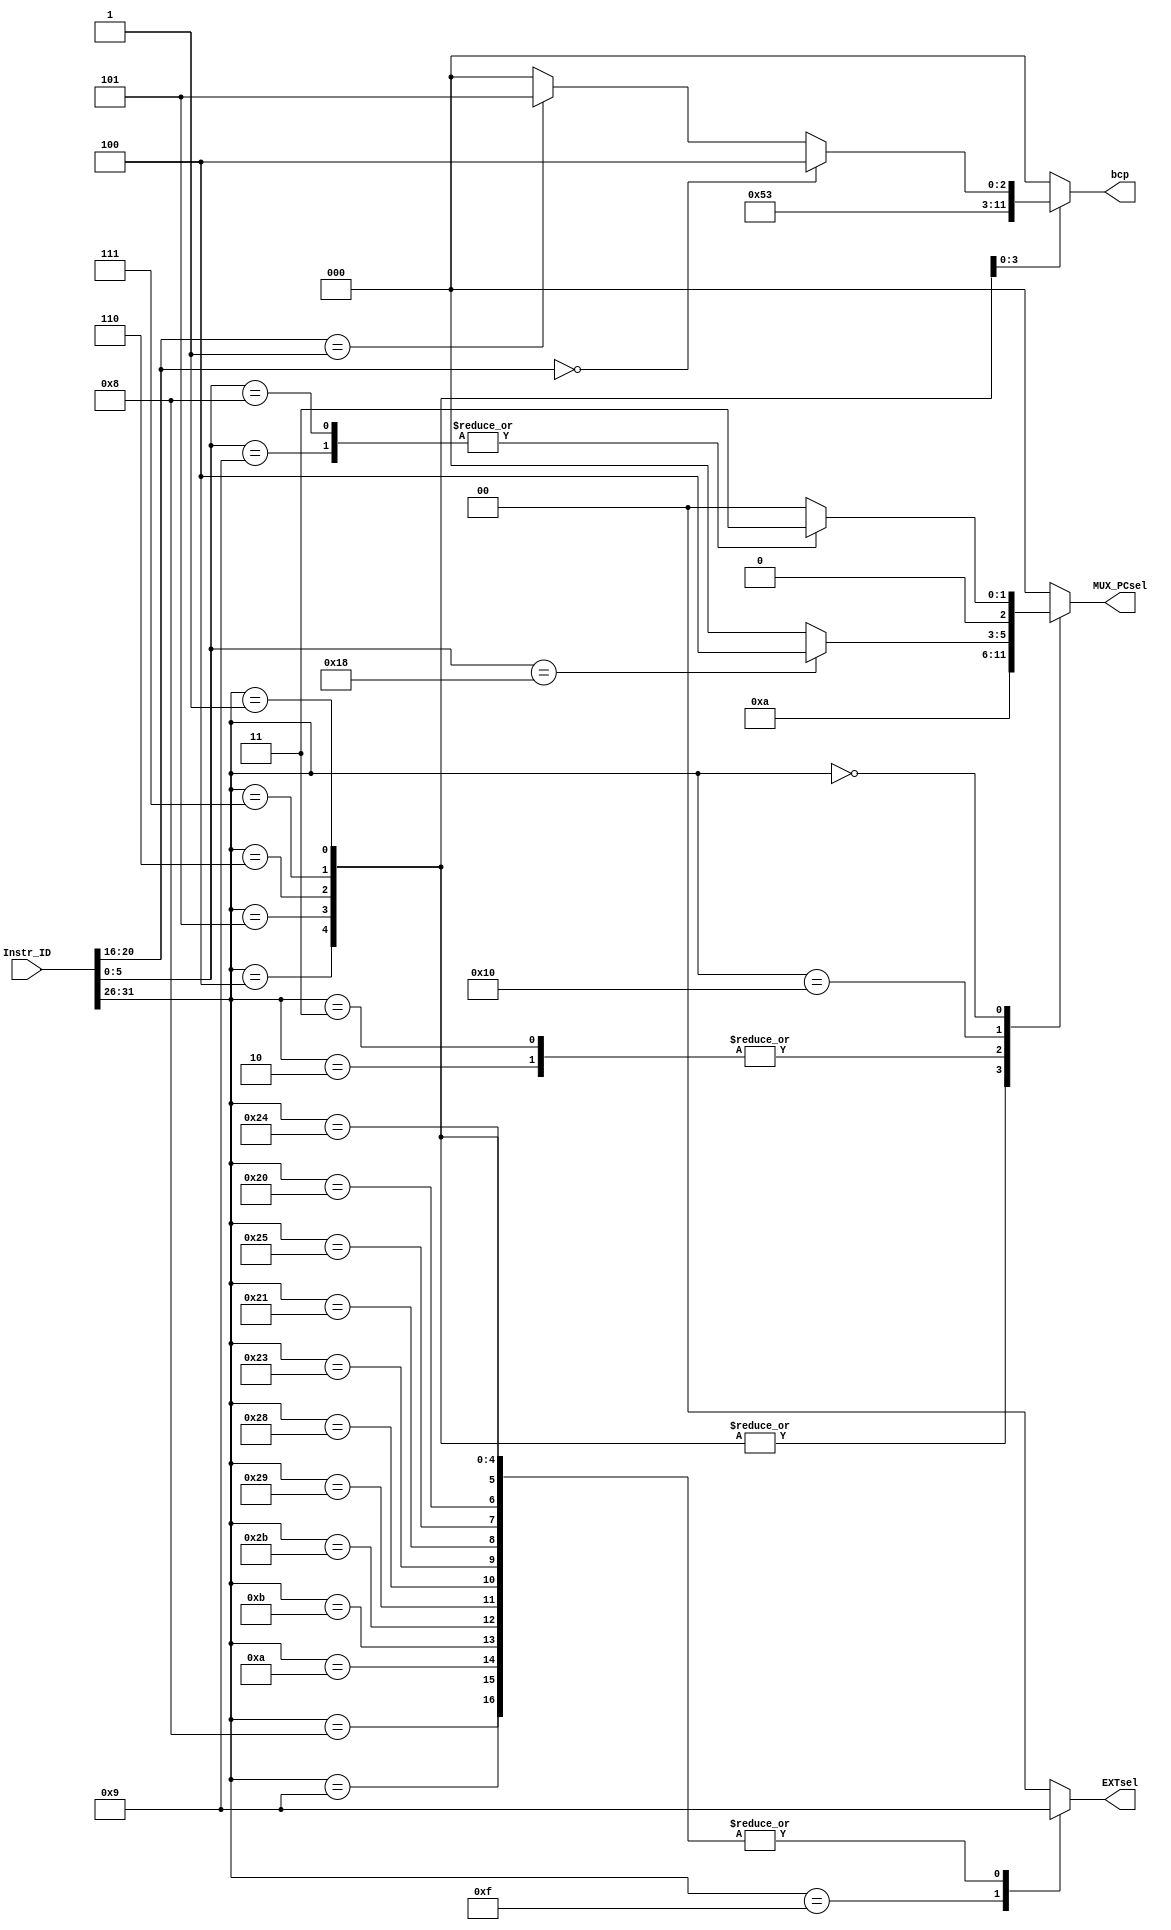
`timescale 1ns / 1ps
`define R 6'b000000
`define add 6'b100000
`define addu 6'b100001
`define sub 6'b100010
`define subu 6'b100011
`define sllv 6'b000100
`define srav 6'b000111
`define srlv 6'b000110
`define AND 6'b100100
`define OR 6'b100101
`define XOR 6'b100110
`define NOR 6'b100111
`define slt 6'b101010
`define sltu 6'b101011
`define sll 6'b000000
`define srl 6'b000010
`define sra 6'b000011

`define addi 6'b001000
`define addiu 6'b001001
`define andi 6'b001100
`define ori 6'b001101
`define xori 6'b001110
`define lui 6'b001111
`define slti 6'b001010
`define sltiu 6'b001011

`define beq 6'b000100
`define bne 6'b000101
`define blez 6'b000110
`define bgtz 6'b000111
`define BZ 6'b000001//bltzbgez
`define bltz 5'b00000
`define bgez 5'b00001

`define j 6'b000010
`define jal 6'b000011
`define jalr 6'b001001
`define jr 6'b001000

`define sw 6'b101011
`define sh 6'b101001
`define sb 6'b101000
`define lw 6'b100011
`define lh 6'b100001
`define lhu 6'b100101
`define lb 6'b100000
`define lbu 6'b100100

`define mult 6'b011000
`define multu 6'b011001
`define div 6'b011010
`define divu 6'b011011
`define mthi 6'b010001
`define mtlo 6'b010011
`define mfhi 6'b010000
`define mflo 6'b010010

`define cop0 6'b010000
`define eret 6'b011000
`define mfc0 5'b00000
`define mtc0 5'b00100
//////////////////////////////////////////////////////////////////////////////////
// Company: 
// Engineer: 
// 
// Design Name: 
// Module Name:    ID_Controller 
// Project Name: 
// Target Devices: 
// Tool versions: 
// Description: 
//
// Dependencies: 
//
// Revision: 
// Revision 0.01 - File Created
// Additional Comments: 
//
//////////////////////////////////////////////////////////////////////////////////
module ID_Controller(
    input [31:0] Instr_ID,
    output reg [1:0] EXTsel,
    output reg [2:0] MUX_PCsel,
	 output reg [2:0] bcp
    );
	 wire [5:0]op;
	 wire [5:0]func;
	 assign op=Instr_ID[31:26];
	 assign func=Instr_ID[5:0];
	 
	initial begin
		EXTsel<=2'b00;
		MUX_PCsel<=2'b00;
		bcp<=0;
	end
	
	always @(*)begin
		case(op)
			`addi: begin
				EXTsel<=2'b01;
				MUX_PCsel<=3'b000;
				bcp<=3'b000;
				end
			`addiu: begin
				EXTsel<=2'b01;
				MUX_PCsel<=3'b000;
				bcp<=3'b000;
				end
			`andi: begin
				EXTsel<=2'b00;
				MUX_PCsel<=3'b000;
				bcp<=3'b000;
				end
			`ori: begin
				EXTsel<=2'b00;
				MUX_PCsel<=3'b000;
				bcp<=3'b000;
				end
			`xori: begin
				EXTsel<=2'b00;
				MUX_PCsel<=3'b000;
				bcp<=3'b000;
				end
			`lui: begin
				EXTsel<=2'b10;
				MUX_PCsel<=3'b000;
				bcp<=3'b000;
				end
			`slti: begin
				EXTsel<=2'b01;
				MUX_PCsel<=3'b000;
				bcp<=3'b000;
				end
			`sltiu: begin
				EXTsel<=2'b01;
				MUX_PCsel<=3'b000;
				bcp<=3'b000;
				end
			`beq: begin
				EXTsel<=2'b01;
				MUX_PCsel<=3'b001;
				bcp<=3'b000;
				end
			`bne: begin
				EXTsel<=2'b01;
				MUX_PCsel<=3'b001;
				bcp<=3'b001;
				end
			`blez: begin
				EXTsel<=2'b01;
				MUX_PCsel<=3'b001;
				bcp<=3'b010;
				end
			`bgtz: begin
				EXTsel<=2'b01;
				MUX_PCsel<=3'b001;
				bcp<=3'b011;
				end
			`BZ: begin
				EXTsel<=2'b01;
				MUX_PCsel<=3'b001;
				if (Instr_ID[20:16]==`bltz)
					bcp<=3'b100;
				else if (Instr_ID[20:16]==`bgez)
					bcp<=3'b101;
				else
					bcp<=0;
				end
			`j: begin
				EXTsel<=2'b00;
				MUX_PCsel<=3'b010;
				bcp<=3'b000;
				end
			`jal: begin
				EXTsel<=2'b00;
				MUX_PCsel<=3'b010;
				bcp<=3'b000;
				end
			`sw: begin
				EXTsel<=2'b01;
				MUX_PCsel<=3'b000;
				bcp<=3'b000;
				end
			`sh: begin
				EXTsel<=2'b01;
				MUX_PCsel<=3'b000;
				bcp<=3'b000;
				end
			`sb: begin
				EXTsel<=2'b01;
				MUX_PCsel<=3'b000;
				bcp<=3'b000;
				end
			`lw: begin
				EXTsel<=2'b01;
				MUX_PCsel<=3'b000;
				bcp<=3'b000;
				end
			`lh: begin
				EXTsel<=2'b01;
				MUX_PCsel<=3'b000;
				bcp<=3'b000;
				end
			`lhu: begin
				EXTsel<=2'b01;
				MUX_PCsel<=3'b000;
				bcp<=3'b000;
				end
			`lb: begin
				EXTsel<=2'b01;
				MUX_PCsel<=3'b000;
				bcp<=3'b000;
				end
			`lbu: begin
				EXTsel<=2'b01;
				MUX_PCsel<=3'b000;
				bcp<=3'b000;
				end
			`cop0: begin
				EXTsel<=2'b00;
				if (func==`eret)
					MUX_PCsel<=3'b100;
				else
					MUX_PCsel<=3'b000;
				bcp<=3'b000;
				end
			`R: begin
				case(func)
					`jalr: begin
						EXTsel<=2'b00;
						MUX_PCsel<=3'b011;
						bcp<=3'b000;
						end
					`jr: begin
						EXTsel<=2'b00;
						MUX_PCsel<=3'b011;
						bcp<=3'b000;
						end
					default: begin
						EXTsel<=2'b00;
						MUX_PCsel<=3'b000;
						bcp<=3'b000;
						end
				endcase
				end
			default: begin
				EXTsel<=2'b00;
				MUX_PCsel<=3'b000;
				bcp<=3'b000;
			end
		endcase
	end
endmodule